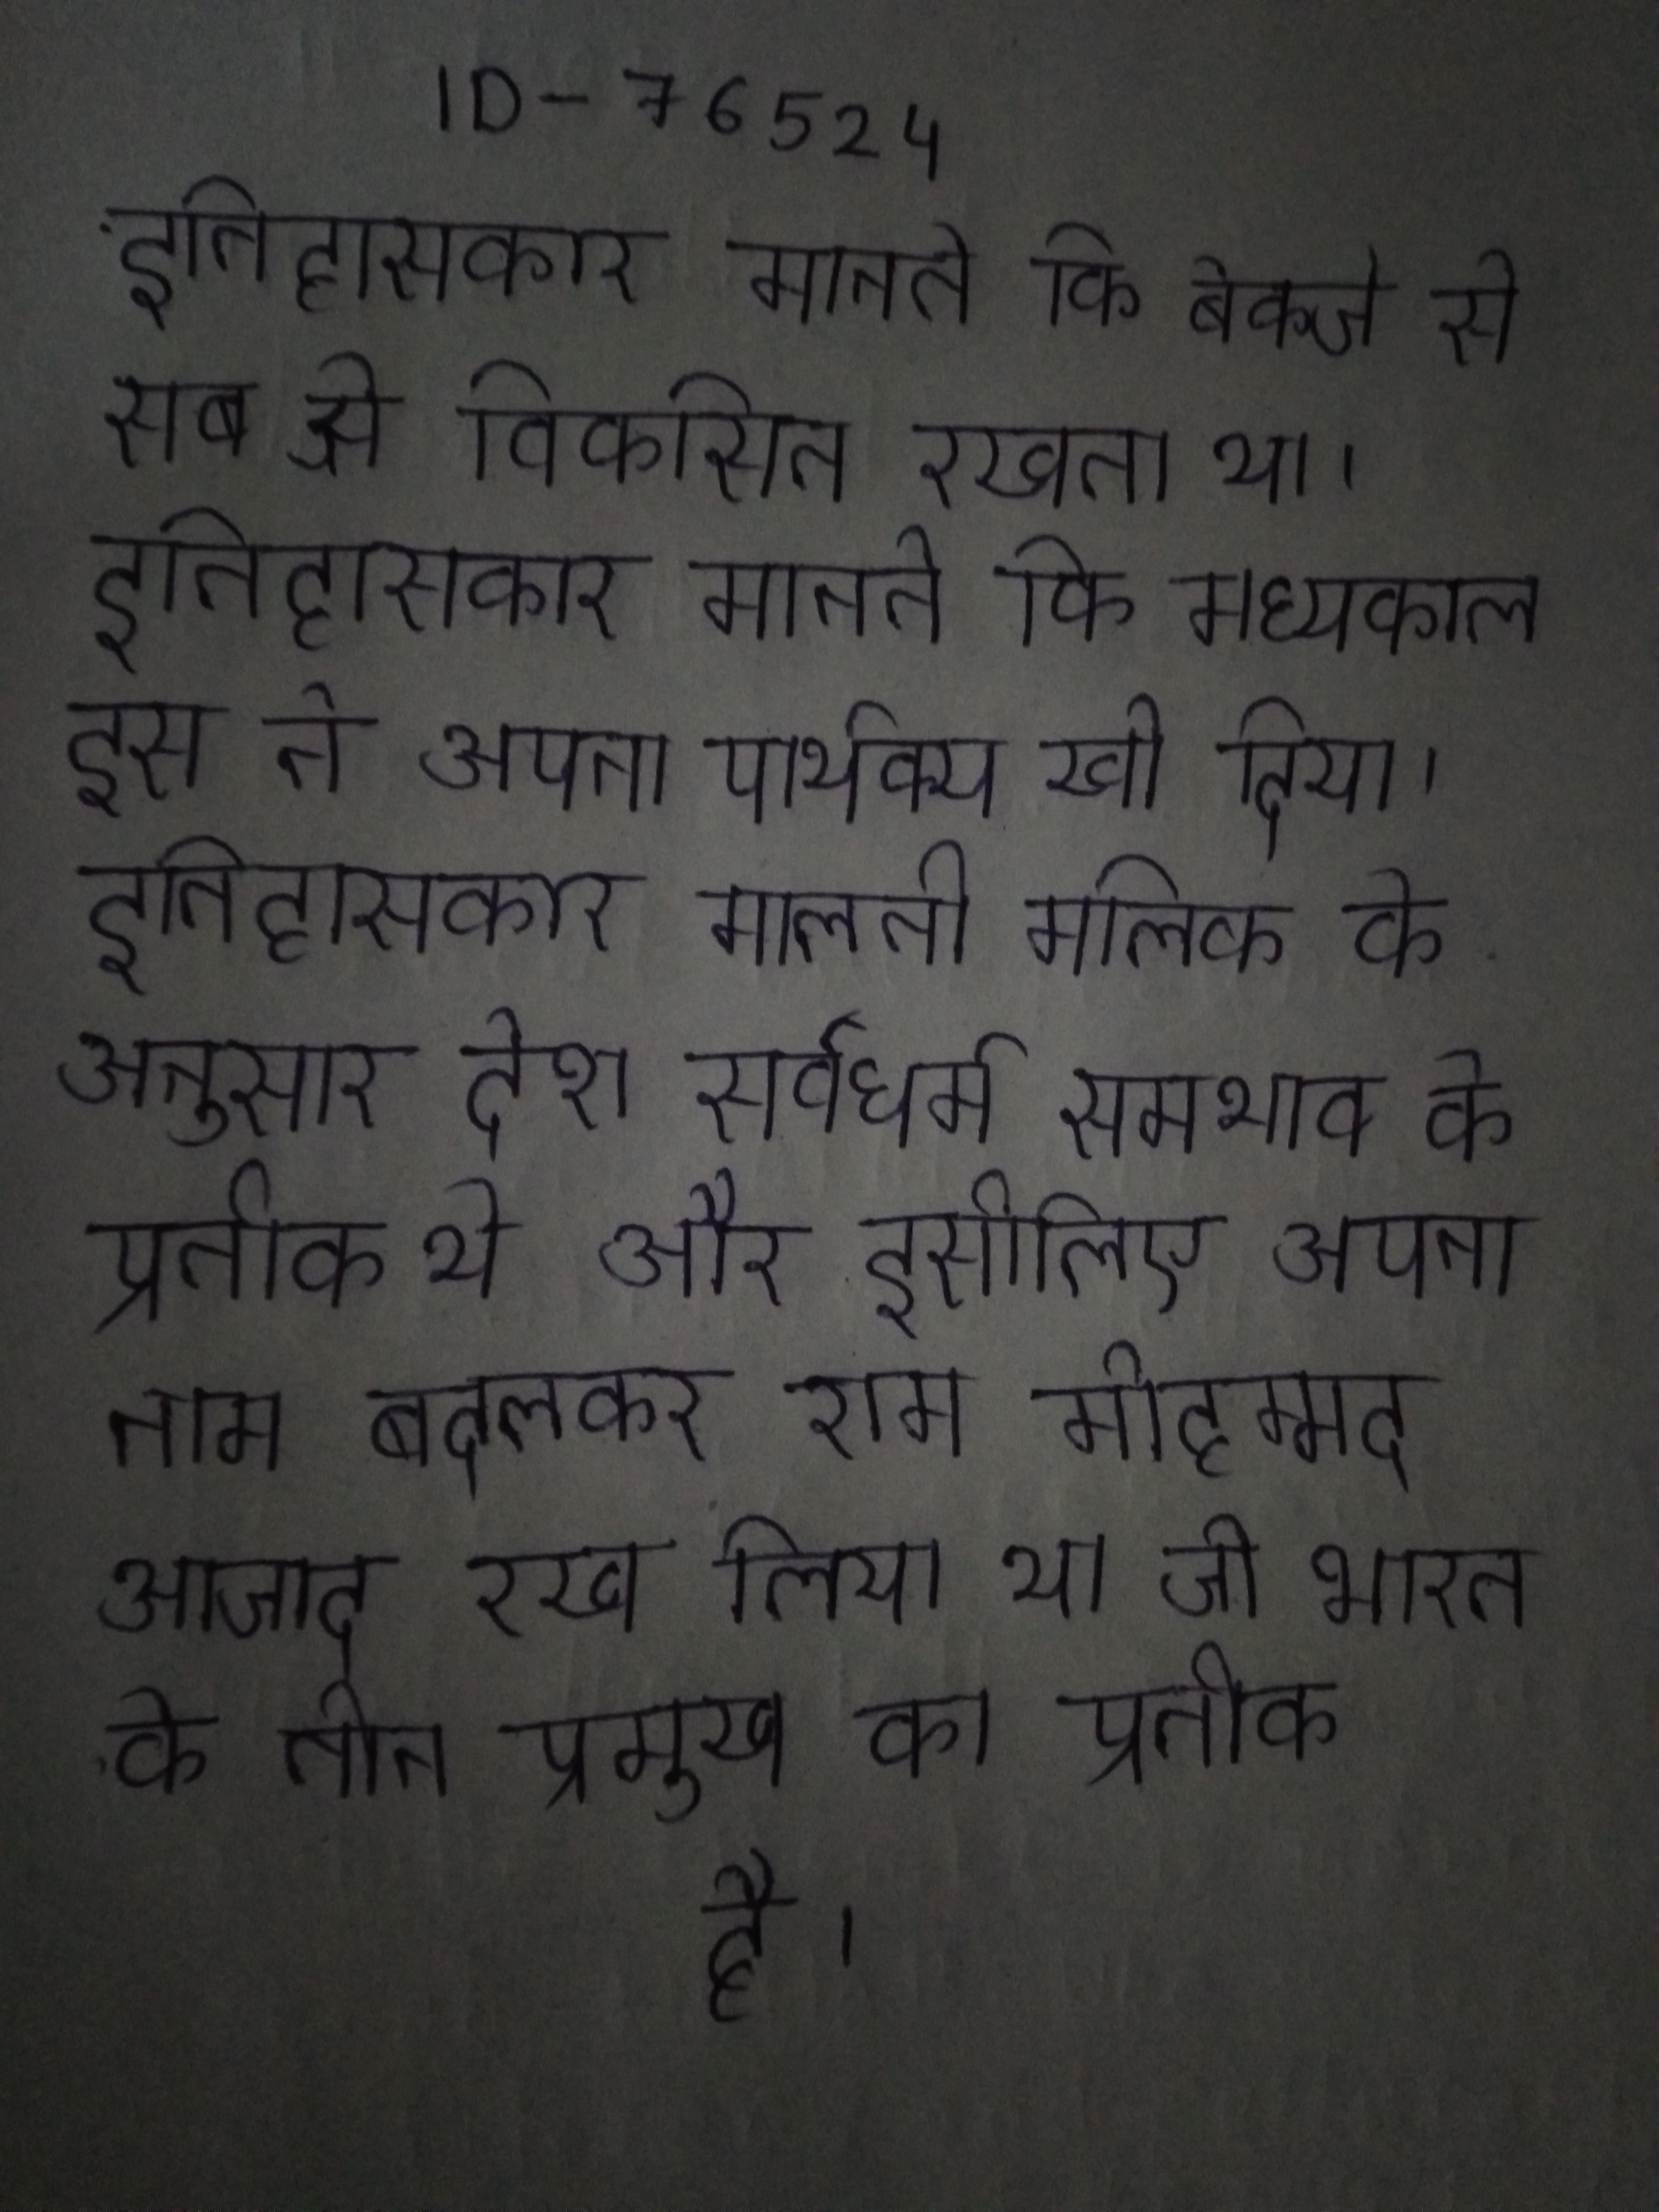
इतिहासकार मानते कि बेकजे से सब से विकसित रखता था । इतिहासकार मानते कि मध्यकाल इस ने अपना पार्थक्य खो दिया । इतिहासकार मालती मलिक के अनुसार देश सर्वधर्म समभाव के प्रतीक थे और इसीलिए अपना नाम बदलकर राम मोहम्मद आजाद रख लिया था जो भारत के तीन प्रमुख का प्रतीक है ।